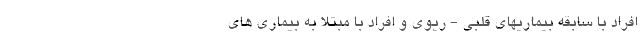
افراد با سابقه بیماریهای قلبی - ریوی و افراد با مبتلا به بیماری های